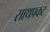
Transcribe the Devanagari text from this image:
साथप्रकट